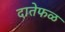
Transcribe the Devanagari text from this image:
दातेफळ